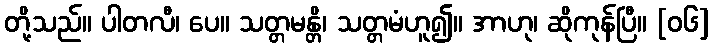
တို့သည်။ ပါတလီ၊ ပေ။ သတ္တမန္တိ၊ သတ္တမံဟူ၍။ အာဟု၊ ဆိုကုန်ပြီ။ [၀၆]